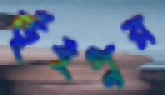
ভূঁইপুর